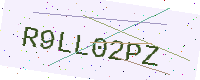
Text: R9LL02PZ